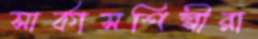
সার্কাসশিল্পীরা